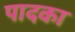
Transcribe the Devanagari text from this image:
पादका